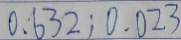
0 . 6 3 2 ; 0 . 0 2 3